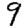
Digit: 9